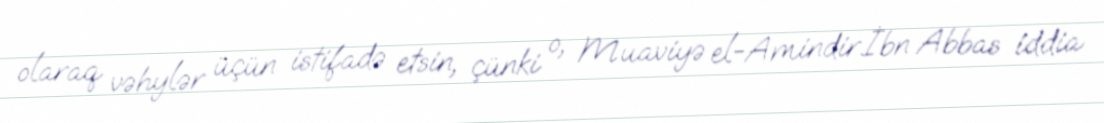
olaraq vəhylər üçün istifadə etsin, çünki o, Muaviyə el-Amindir.İbn Abbas iddia